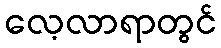
လေ့လာရာတွင်